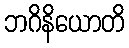
ဘဂိနိယောတိ